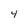
Character: 4